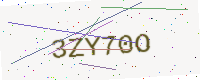
Text: 3ZY70O